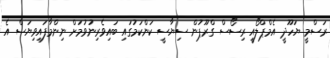
ރަސްމީ ޔަހޫދީ އެމްޕްލޯއީ ރިސޯސް ގްރޫޕުން ސިޔާސީ ކަންކަމުގައި ބައިވެރިނުވުމަށް ނިންމާފައިވިޔަސް އެ